Insane asylums Bombay 1873-77 - 1873-1877
Year: 1873
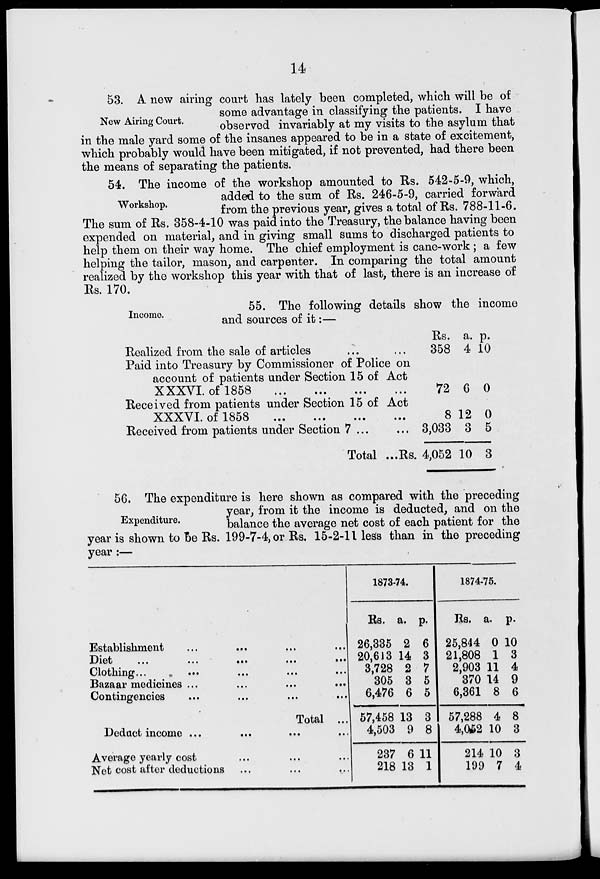
14
New Airing Court.
53. A new airing court has lately been completed, which will be of
some advantage in classifying the patients. I have
observed invariably at my visits to the asylum that
in the male yard some of the insanes appeared to be in a state of excitement,
which probably would have been mitigated, if not prevented, had there been
the means of separating the patients.
Workshop.
54. The income of the workshop amounted to Rs. 542-5-9, which,
added to the sum of Rs. 246-5-9, carried forward
from the previous year, gives a total of Rs. 788-11-6.
The sum of Rs. 358-4-10 was paid into the Treasury, the balance having been
expended on material, and in giving small sums to discharged patients to
help them on their way home. The chief employment is cane-work ; a few
helping the tailor, mason, and carpenter. In comparing the total amount
realized by the workshop this year with that of last, there is an increase of
Rs. 170.
Income.
55. The following details show the income
and sources of it:—
Realized from the sale of articles ... ...
Paid into Treasury by Commissioner of Police on
account of patients under Section 15 of Act
XXXVI. of 1858
...
...
...
...
Received from patients under Section 15 of Act
XXXVI. of 1858
...
...
...
...
Received from patients under Section 7 ... ...
Total ...Rs.
Rs.
358
72
8
3,033
4,052
a.
4
6
12
3
10
p.
10
0
0
5
3
Expenditure.
56. The expenditure is here shown as compared with the preceding
year, from it the income is deducted, and on the
balance the average net cost of each patient for the
year is shown to be Rs. 199-7-4, or Rs. 15-2-11 less than in the preceding
year :—
Establishment
...
...
...
...
Diet
...
... ... ... ...
Clothing ...
...
...
...
...
Bazaar medicines ...
...
...
...
Contingencies
...
... ... ...
Total ...
Deduct income ...
...
...
...
Average yearly cost ... ... ...
Net cost after deductions ...
...
...
1873-74.
Rs.
26,335
20,613
3,728
305
6,476
57,458
4,503
237
218
a.
2
14
2
3
6
13
9
6
13
p.
6
3
7
5
5
3
8
11
1
1874-75.
Rs.
25,844
21,808
2,903
370
6,361
57,288
4,052
214
199
a.
0
1
11
14
8
4
10
10
7
p.
10
3
4
9
6
8
3
3
4